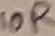
Text: 10R